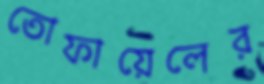
তোফায়েলের